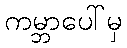
ကမ္ဘာပေါ်မှ